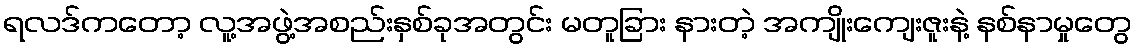
ရလဒ်ကတော့ လူ့အဖွဲ့အစည်းနှစ်ခုအတွင်း မတူခြား နားတဲ့ အကျိုးကျေးဇူးနဲ့ နစ်နာမှုတွေ